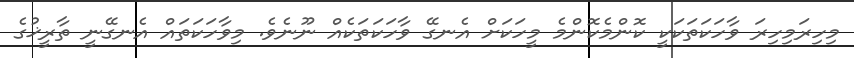
މިހިރަމިހިރަ ވާހަކަތަކަކީ ކޮންމެކޮންމެ މީހަކަށް އެނގޭ ވާހަކަތަކެއް ނޫނެވެ. މިވާހަކަތައް އެނގޭނީ ތާރީޚުގެ